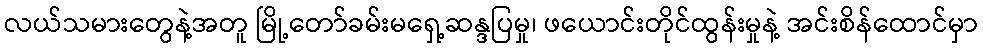
လယ်သမားတွေနဲ့အတူ မြို့တော်ခမ်းမရှေ့ဆန္ဒပြမှု၊ ဖယောင်းတိုင်ထွန်းမှုနဲ့ အင်းစိန်ထောင်မှာ